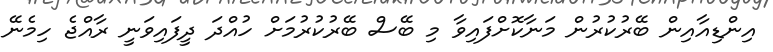
އިންޑިއާއިން ބޭރުކުރުން މަނާކޮށްފައިވާ މި ބޭސް ބޭރުކުރުމަށް ހުއްދަ ދީފައިވަނީ ރާއްޖެ ހިމެނޭ